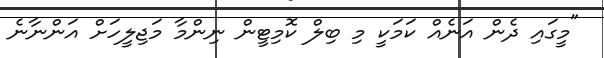
"މީގައި ދެން އަނެއް ކަމަކީ މި ބިލް ކޮމިޓީން ނިންމާ މަޖިލީހަށް އަންނާނެ